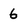
Character: 6